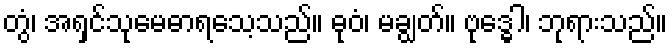
တွံ၊ အရှင်သုမေဓာရသေ့သည်။ ဓုဝံ၊ မချွတ်။ ဗုဒ္ဓေါ၊ ဘုရားသည်။